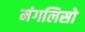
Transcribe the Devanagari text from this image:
मंगलिसो